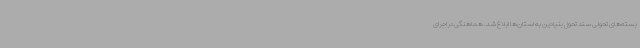
بسته‌های تحولی سند تحول بنیادین به استان‌ها ابلاغ شد. هماهنگی در اجرای